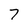
Character: 7